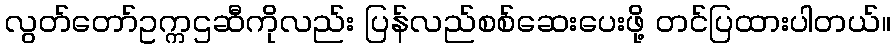
လွတ်တော်ဥက္ကဌဆီကိုလည်း ပြန်လည်စစ်ဆေးပေးဖို့ တင်ပြထားပါတယ်။